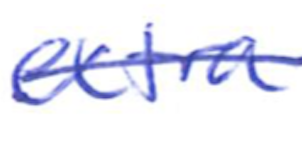
Text: extra
Cross-out: mix
Writing tool: ballpoint